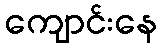
ကျောင်းနေ